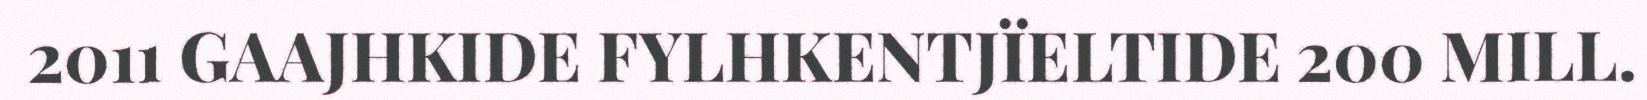
2011 GAAJHKIDE FYLHKENTJÏELTIDE 200 MILL.